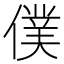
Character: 僕